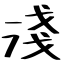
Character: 淺